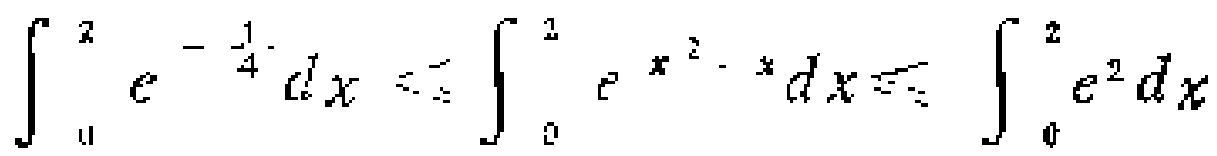
\(\int_{0}^{2} e^{-\frac{1}{4}} dx \leq \int_{0}^{2} e^{x^{2}-x} dx \leq \int_{0}^{2} e^{2} dx\)